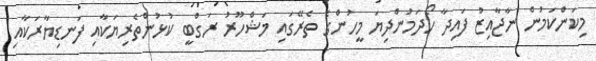
މިކަންކަމުން ނާޖާއިޒު ފައިދާ ހޯދަމުންދިޔަ މީހުންގެ ތެރޭގައި މަޝްހޫރު ރަގްބީ ކުޅުންތެރިޔަކާއި ފަނޑިޔާރަކާއި